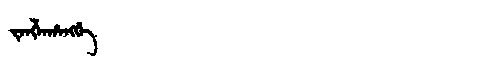
Manchu: ᠵᠠᠩᠯᠠᡥᠠᠩᡤᡝ
Romanization: JANGLAHANGGE